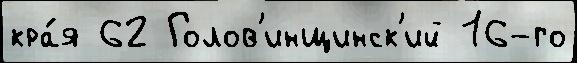
кра́я 62 Голов'инщинск'ий 16-го